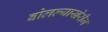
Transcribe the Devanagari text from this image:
बोलल्याखेरीज